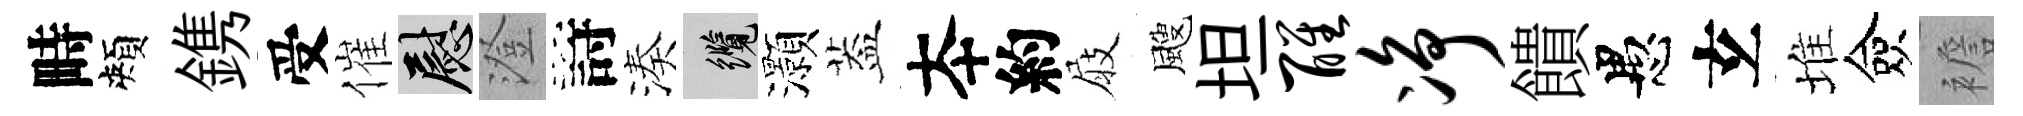
畤頰鎸受催慰澄詩湊纜灝葢夲約屐颼坦醒净饋愚𤣥堆僉襜